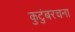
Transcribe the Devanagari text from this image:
कुटुंबरचना